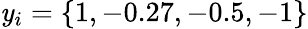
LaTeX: \mathit{y}_{i}=\{ 1,-0.27,-0.5,-1\}